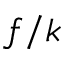
f / k